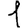
Digit: 1